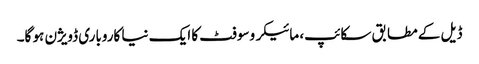
ڈیل کے مطابق سکائپ، مائیکروسوفٹ کا ایک نیا کاروباری ڈویژن ہو گا۔